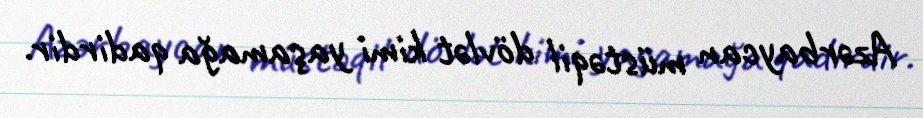
Azərbaycan müstəqil dövlət kimi yaşamağa qadirdir.